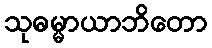
သုဓမ္မာယာဘိတော